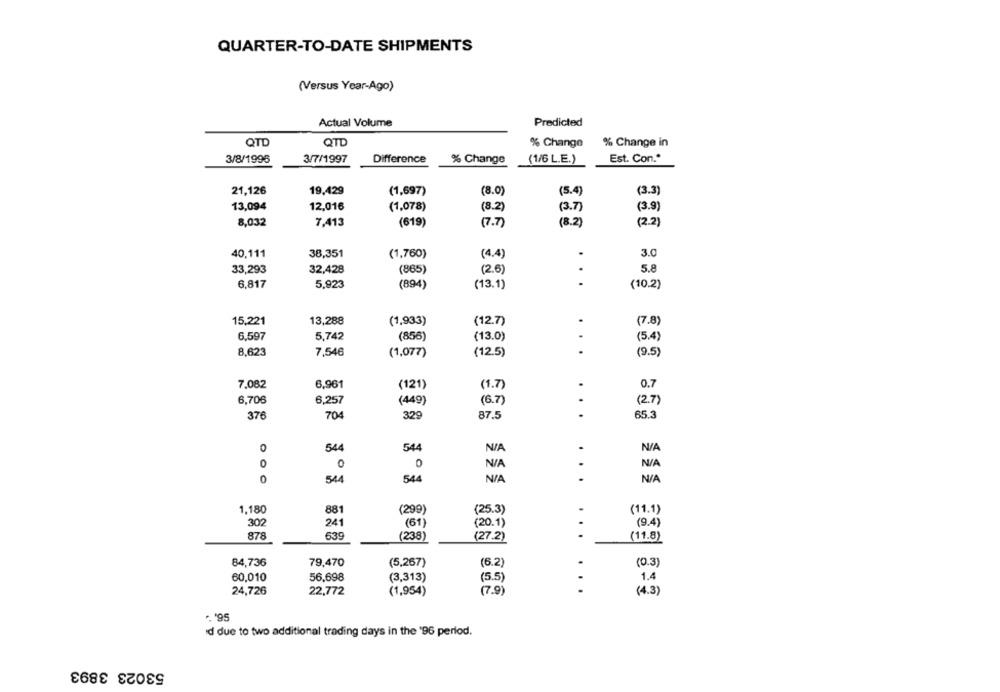
QUARTER-TO-DATE SHIPMENTS
(Versus Year-Ago)
Actual Volume
Predicted
QTD
QTD
% Change
% Change in
3/7/1997
Difference
Est. Con."
3/8/1995
% Change
(1/6 L.E.)
21,126
19,429
(1,697)
(8.0)
(5.4)
(3.3)
13,094
12,016
(1,078)
(8.2)
(3.7)
(3.9)
7,413
(8.2)
8,032
(619)
(7.7)
(2.2)
40,111
38,351
(1,760)
(4,4)
.
3.0
33,293
32,428
(2.6)
5.8
(865)
.
6,817
5,923
(894)
(13.1)
(10.2)
15,221
13,288
(1,933)
(12.7)
.
(7.8)
6.597
5,742
(856)
(13.0)
.
(5.4)
8,623
7,546
(1,077)
(12.5)
.
(9.5)
7,082
6.961
(121)
(1.7)
0.7
6,706
6,257
(449)
(6.7)
(2.7)
..
704
87.5
65.3
376
329
O
544
544
0
0
0
N /A
.
0
544
544
1.180
881
(299)
(25.3)
(11.1)
302
241
(61)
(20.1)
(9.4)
878
639
(238)
(27.2)
...
(11.8)
84,736
79,470
(5,267)
(6.2)
(0.3)
60,010
56,698
(3,313)
(5.5)
1.4
24,726
22,772
(1,954)
(7.9)
. ..
(4.3)
'95
d due to two additional trading days in the '96 period.
53023 3893